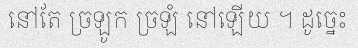
នៅតែ ច្រឡូក ច្រឡំ នៅឡើយ ។ ដូច្នេះ